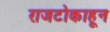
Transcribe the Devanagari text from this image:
राजटोकाहून